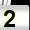
Digit: 2